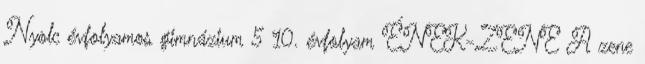
Nyolc évfolyamos gimnázium 5 10. évfolyam ÉNEK-ZENE A zene